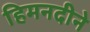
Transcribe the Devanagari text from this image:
हिमनदीने